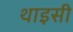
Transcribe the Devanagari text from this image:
थाइसी